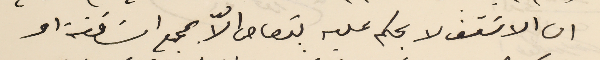
ان الاسَقف لا يحكم عليه بقصاص الّا بمجمع اسَاقفة او